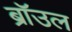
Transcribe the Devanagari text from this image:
ब्राॅउल